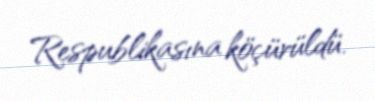
Respublikasına köçürüldü.